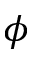
\phi